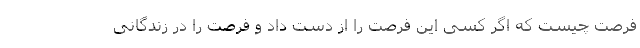
فرصت چیست که اگر کسی این فرصت را از دست داد و فرصت را در زندگانی